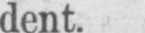
dent.